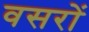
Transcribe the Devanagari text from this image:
वसरों